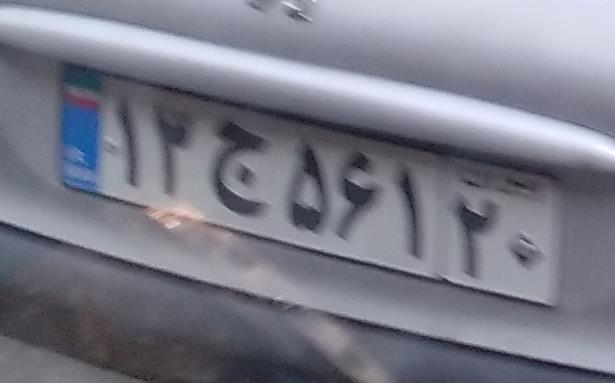
۱۳ج۵۶۱۲۰